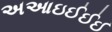
અઆઇઈઈઈ